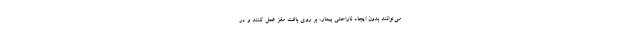
می‌توانند بدون ایجاد ناراحتی بیمار، بر روی بافت مغز عمل کنند و در